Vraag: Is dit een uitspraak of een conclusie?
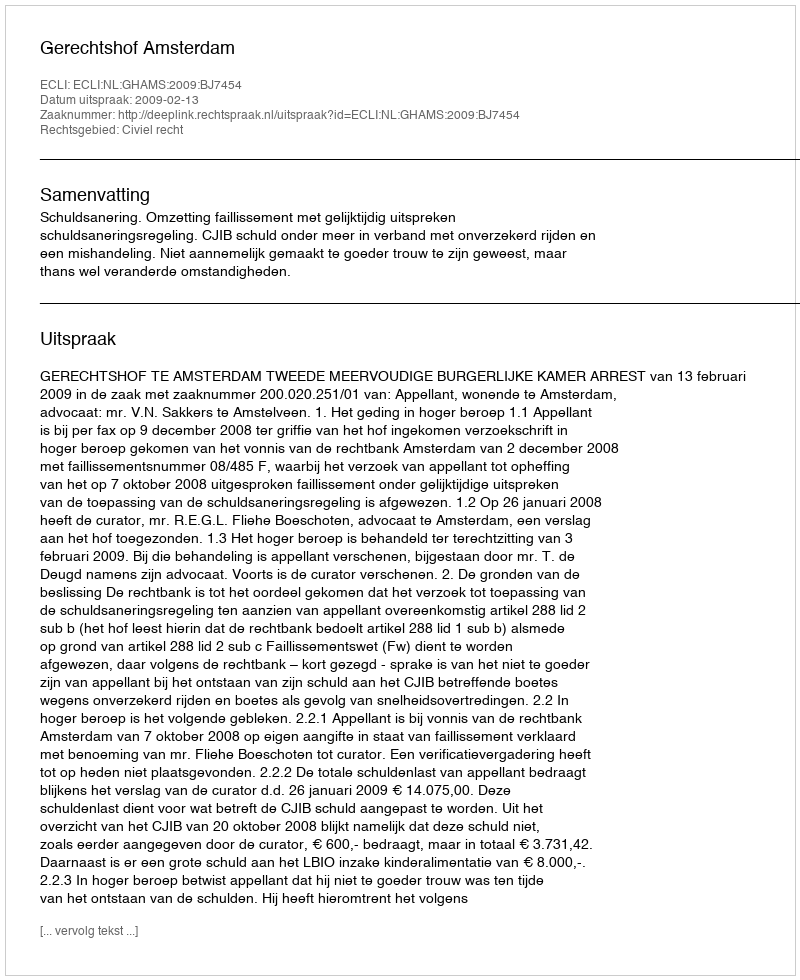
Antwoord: Uitspraak